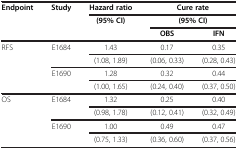
<table><thead><tr><td rowspan="3"><b>Endpoint</b></td><td rowspan="3"><b>Study</b></td><td><b>Hazard ratio</b></td><td colspan="2"><b>Cure rate</b></td></tr><tr><td rowspan="2"><b>(95% CI)</b></td><td colspan="2"><b>(95% CI)</b></td></tr><tr><td><b>OBS</b></td><td><b>IFN</b></td></tr></thead><tbody><tr><td rowspan="4">RFS</td><td rowspan="2">E1684</td><td>1.43</td><td>0.17</td><td>0.35</td></tr><tr><td>(1.08, 1.89)</td><td>(0.06, 0.33)</td><td>(0.28, 0.43)</td></tr><tr><td rowspan="2">E1690</td><td>1.28</td><td>0.32</td><td>0.44</td></tr><tr><td>(1.00, 1.65)</td><td>(0.24, 0.40)</td><td>(0.37, 0.50)</td></tr><tr><td rowspan="4">OS</td><td rowspan="2">E1684</td><td>1.32</td><td>0.25</td><td>0.40</td></tr><tr><td>(0.98, 1.78)</td><td>(0.12, 0.41)</td><td>(0.32, 0.49)</td></tr><tr><td rowspan="2">E1690</td><td>1.00</td><td>0.49</td><td>0.47</td></tr><tr><td>(0.75, 1.33)</td><td>(0.36, 0.60)</td><td>(0.37, 0.56)</td></tr></tbody></table>